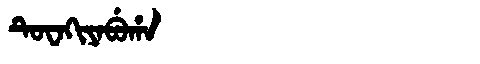
Manchu: ᡨᡠᠸᠠᡴᡳᠶᠠᠪᡠᡥᠠ
Romanization: TUWAKIYABUHA